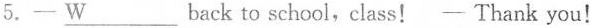
5.一 \underline{W}___ back to school,class!- Thank you!